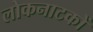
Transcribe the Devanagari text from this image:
लोकनाटकों